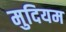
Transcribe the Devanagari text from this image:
मुदियम